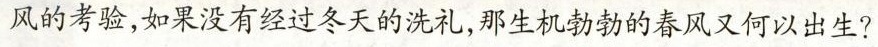
风的考验，如果没有经历过冬天的洗礼，那生机勃勃的春风又何以出生？